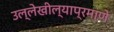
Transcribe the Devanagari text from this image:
उल्लेखील्याप्रमाणे